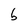
Character: b